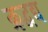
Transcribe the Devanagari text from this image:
क्रद्वद्य